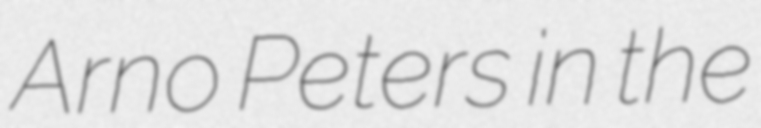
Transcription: Arno Peters in the